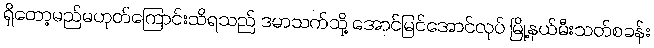
ရှိတော့မည်မဟုတ်ကြောင်းသိရသည် ဒမာသက်သို့ အောင်မြင်အောင်လုပ် မြို့နယ်မီးသတ်စခန်း